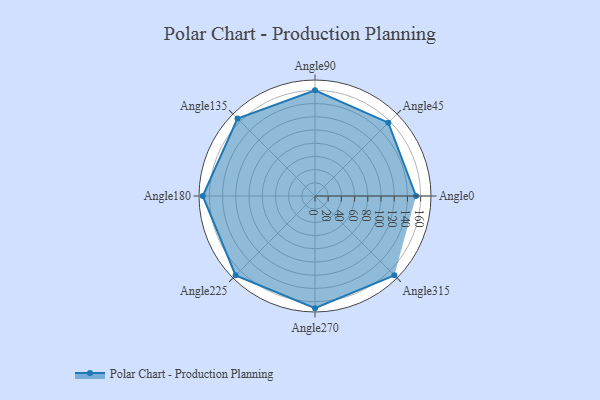
{"axis": {"x": "Angle", "y": "Radius"}, "legend": [""], "data": [{"x": "Angle0", "y": 153.0, "type": ""}, {"x": "Angle45", "y": 157.0, "type": ""}, {"x": "Angle90", "y": 160.0, "type": ""}, {"x": "Angle135", "y": 166.0, "type": ""}, {"x": "Angle180", "y": 170, "type": ""}, {"x": "Angle225", "y": 170, "type": ""}, {"x": "Angle270", "y": 170, "type": ""}, {"x": "Angle315", "y": 170, "type": ""}]}